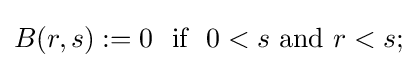
B(r,s):=0~~{\text{if}}~~0<s~{\text{and}}~r<s;